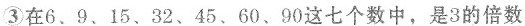
③在6、9、15、32、45、60、90这七个数中，是3的倍数